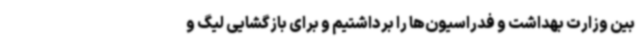
بین وزارت بهداشت و فدراسیون‌ها را برداشتیم و برای بازگشایی لیگ و